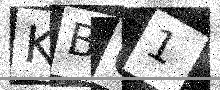
Text: KB61